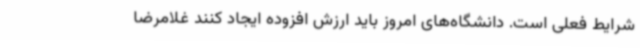
شرایط فعلی است. دانشگاه‌های امروز باید ارزش افزوده ایجاد کنند غلامرضا